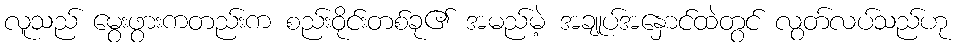
လူသည် မွေးဖွားကတည်းက စည်းဝိုင်းတစ်ခု၏ အမည်မဲ့ အချုပ်အနှောင်ထဲတွင် လွတ်လပ်သည်ဟု